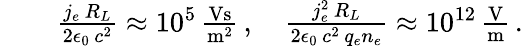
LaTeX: \begin{array}{rlr}&{}&{\frac{j_{e}\, R_{L}}{2\epsilon_{0}\, c^{2}}\approx 10^{5}\, \frac{\mathrm{Vs}}{\mathrm{m}^{2}}\, ,\quad\frac{j_{e}^{2}\, R_{L}}{2\epsilon_{0}\, c^{2}\, q_{e}n_{e}}\approx 10^{12}\, \frac{\mathrm{V}}{\mathrm{m}}\, .}\end{array}